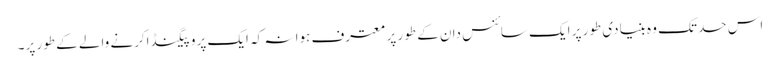
اس حد تک وہ بنیادی طور پر ایک سائنس دان کے طور پر معترف ہوا نہ کہ ایک پروپیگنڈاکرنے والے کے طور پر۔